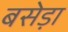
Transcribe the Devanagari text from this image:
बसेड़ा